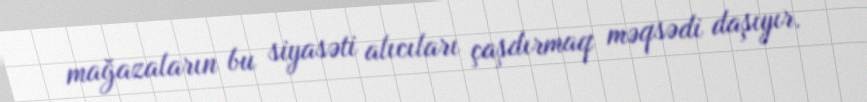
mağazaların bu siyasəti alıcıları çaşdırmaq məqsədi daşıyır.